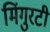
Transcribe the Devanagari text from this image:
मिंगुरटी